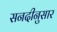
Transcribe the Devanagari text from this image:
सनदीनुसार